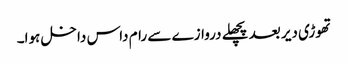
تھوڑی دیر بعد پچھلے دروازے سے رام داس داخل ہوا۔